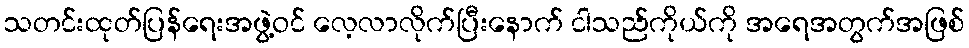
သတင်းထုတ်ပြန်ရေးအဖွဲ့ဝင် လေ့လာလိုက်ပြီးနောက် ငါသည်ကိုယ်ကို အရေအတွက်အဖြစ်